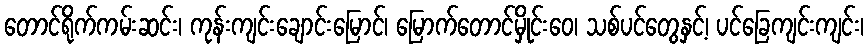
တောင်ရိုက်ကမ်းဆင်း၊ ကုန်းကျင်းချောင်းမြောင်၊ မြောက်တောင်မှိုင်းဝေ၊ သစ်ပင်တွေနှင့်၊ ပင်ခြေကျင်းကျင်း၊